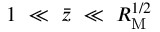
1 ~ \ll ~ \Bar { z } ~ \ll ~ R _ { \mathrm { M } } ^ { 1 / 2 }